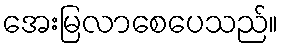
အေးမြလာစေပေသည်။